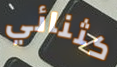
كثنائي